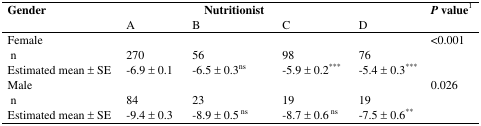
<table><thead><tr><td rowspan="2"><b>Gender</b></td><td colspan="4"><b>Nutritionist</b></td><td rowspan="2"><b><i>P</i> value1</b></td></tr><tr><td><b>A</b></td><td><b>B</b></td><td><b>C</b></td><td><b>D</b></td></tr></thead><tbody><tr><td>Female</td><td></td><td></td><td></td><td></td><td>&lt;0.001</td></tr><tr><td>n</td><td>270</td><td>56</td><td>98</td><td>76</td><td></td></tr><tr><td>Estimated mean ± SE</td><td>−6.9 ± 0.1</td><td>−6.5 ± 0.3ns</td><td>−5.9 ± 0.2<sup>***</sup></td><td>−5.4 ± 0.3<sup>***</sup></td><td></td></tr><tr><td>Male</td><td></td><td></td><td></td><td></td><td>0.026</td></tr><tr><td>n</td><td>84</td><td>23</td><td>19</td><td>19</td><td></td></tr><tr><td>Estimated mean ± SE</td><td>−9.4 ± 0.3</td><td>−8.9 ± 0.5 <sup>ns</sup></td><td>−8.7 ± 0.6 <sup>ns</sup></td><td>−7.5 ± 0.6<sup>**</sup></td><td></td></tr></tbody></table>